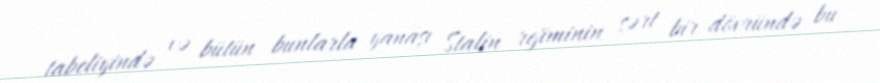
tabeliyində və bütün bunlarla yanaşı Stalin rejiminin sərt bir dövründə bu